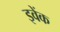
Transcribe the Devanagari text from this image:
इवेंक